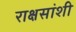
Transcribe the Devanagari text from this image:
राक्षसांशी